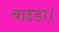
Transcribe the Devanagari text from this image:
बछडा।